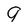
Character: 9